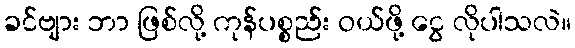
ခင်ဗျား ဘာ ဖြစ်လို့ ကုန်ပစ္စည်း ဝယ်ဖို့ ငွေ လိုပါသလဲ။